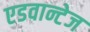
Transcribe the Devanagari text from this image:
एडवान्टेज